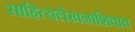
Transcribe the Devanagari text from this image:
साहित्यलेखनाशिवाय